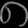
Digit: ၈